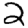
Digit: 2